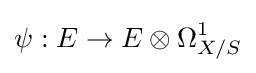
\psi :E\to E\otimes \Omega _{X/S}^{1}